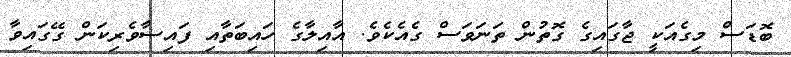
ބޮޑަސް މިގެއަކީ ޖާގައިގެ ގޮތުން ތަނަވަސް ގެއެކެވެ. އާއިލާގެ ހައިބަތާއި ފައިސާވެރިކަން ގޭގައިވާ